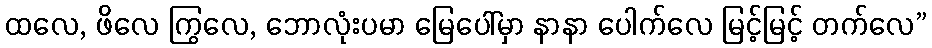
ထလေ, ဖိလေ ကြွလေ, ဘောလုံးပမာ မြေပေါ်မှာ နာနာ ပေါက်လေ မြင့်မြင့် တက်လေ”